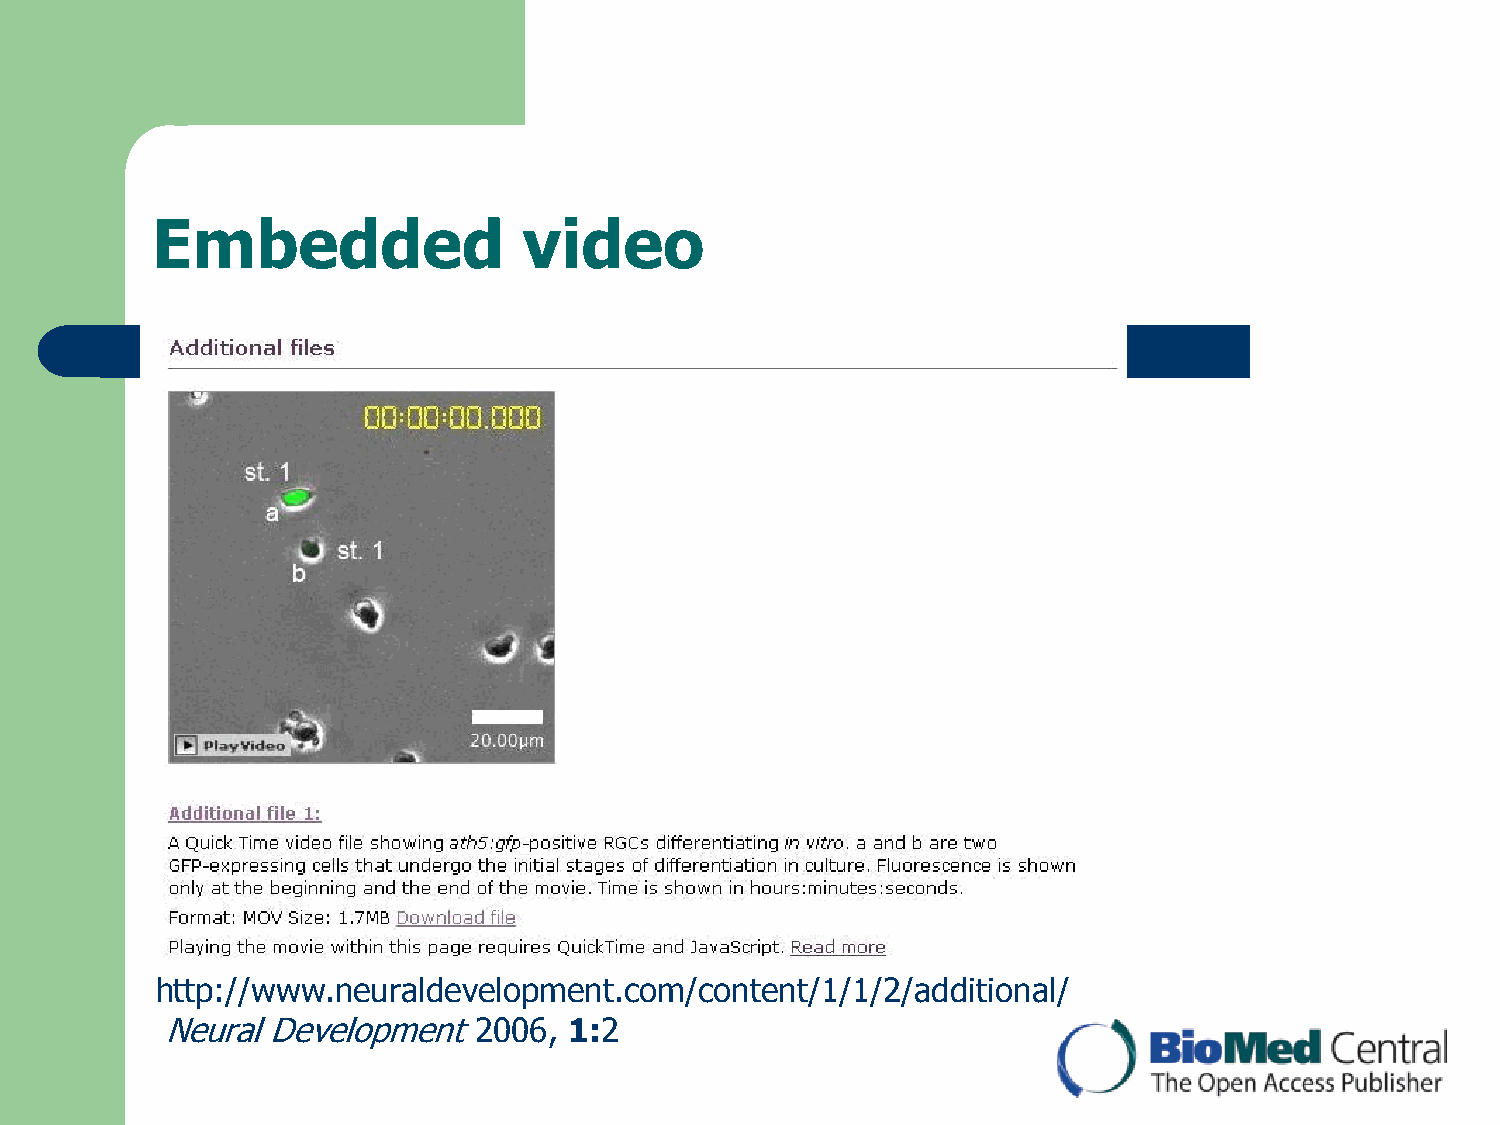
Embedded                 video
 http://www.neuraldevelopment.com/content/1/1/2/additional/
 Neural Development2006,    1:2